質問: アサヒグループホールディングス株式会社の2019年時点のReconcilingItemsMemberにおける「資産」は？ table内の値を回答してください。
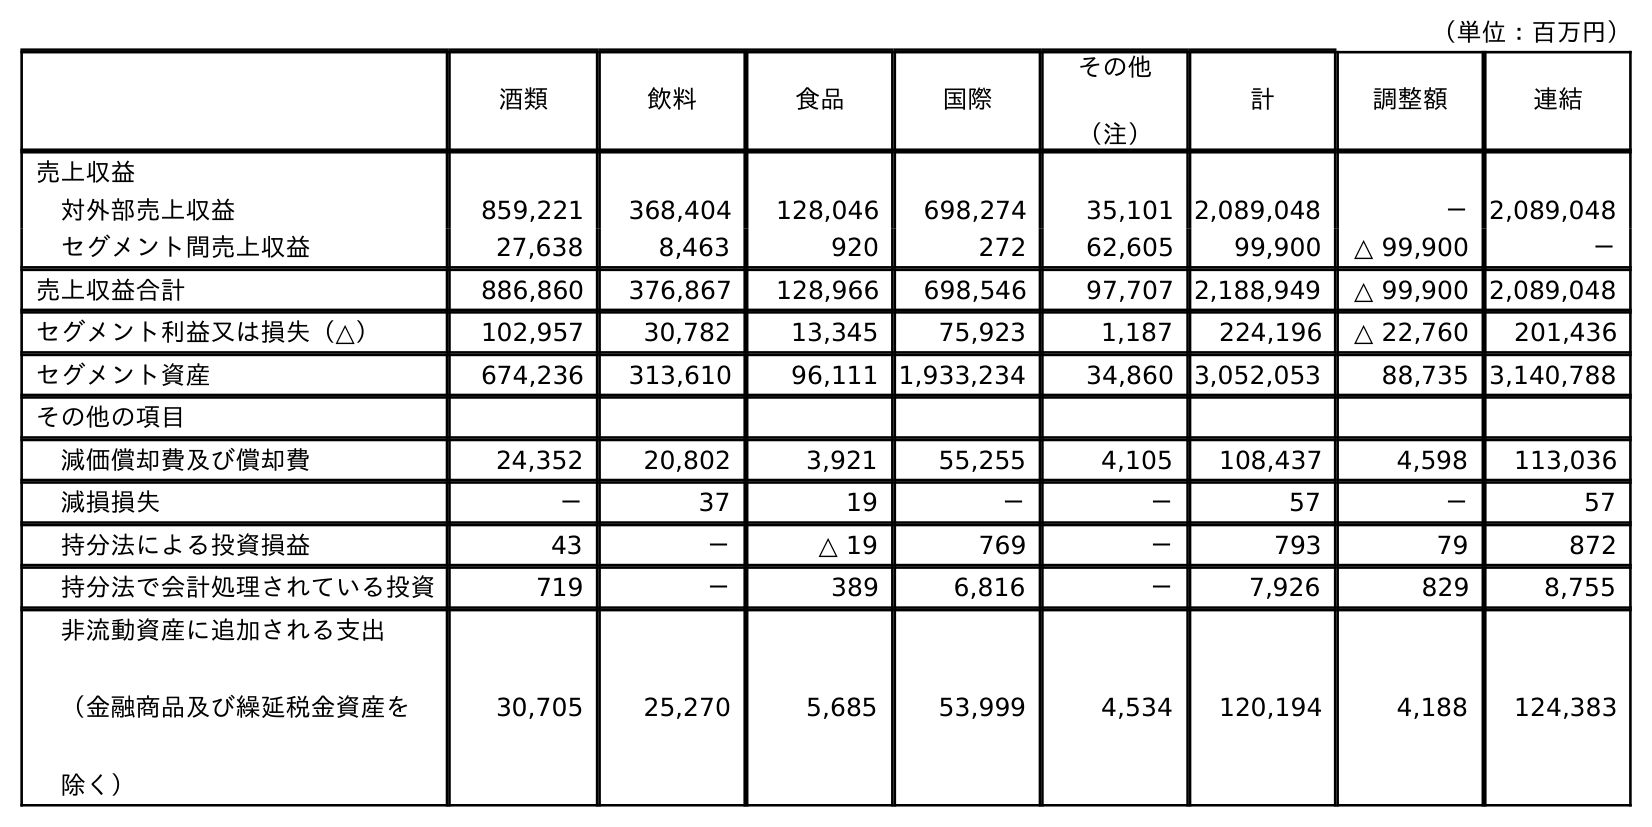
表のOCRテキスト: （単位：百万円） 酒類 飲料 食品 国際 その他 （注） 計 調整額 連結 売上収益 対外部売上収益 859,221 368,404 128,046 698,274 35,101 2,089,048 － 2,089,048 セグメント間売上収益 27,638 8,463 920 272 62,605 99,900 △ 99,900 － 売上収益合計 886,860 376,867 128,966 698,546 97,707 2,188,949 △ 99,900 2,089,048 セグメント利益又は損失（△） 102,957 30,782 13,345 75,923 1,187 224,196 △ 22,760 201,436 セグメント資産 674,236 313,610 96,111 1,933,234 34,860 3,052,053 88,735 3,140,788 その他の項目 減価償却費及び償却費 24,352 20,802 3,921 55,255 4,105 108,437 4,598 113,036 減損損失 － 37 19 － － 57 － 57 持分法による投資損益 43 － △ 19 769 － 793 79 872 持分法で会計処理されている投資 719 － 389 6,816 － 7,926 829 8,755 非流動資産に追加される支出 （金融商品及び繰延税金資産を 除く） 30,705 25,270 5,685 53,999 4,534 120,194 4,188 124,383
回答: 88,735